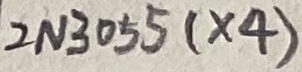
Text: 2N3055(×4)